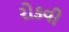
રોકવી